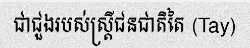
ជាជួងរបស់ស្ត្រីជនជាតិតៃ (Tay)